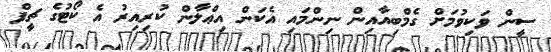
ސީން ވަކިވުމަށް ގެމްބިއާއިން ނިންމައި އެކަން އިޢްލާން ކުރިއިރު އެ ކޯޓުގެ ޗީފް